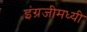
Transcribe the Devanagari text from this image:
इंग्रजीमध्यी